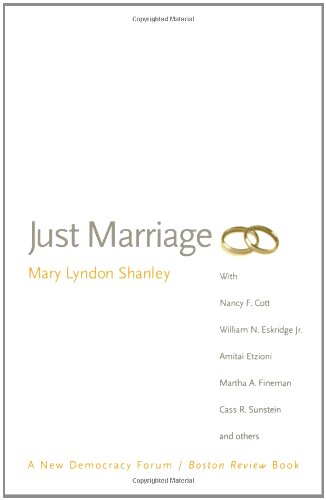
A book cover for Just Marriage (New Democracy Forum); Mary Lyndon Shanley; Law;